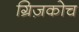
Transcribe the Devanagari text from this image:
ग्रिज़कोच